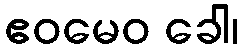
ဧဝမေဝ ခေါ၊